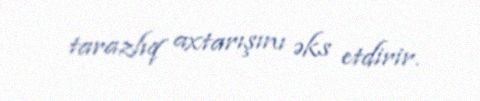
tarazlıq axtarışını əks etdirir.